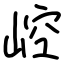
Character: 崆